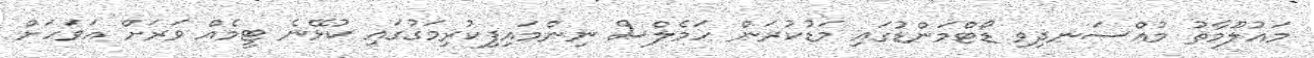
މައުލޫމާތު މުއްސަނދިވި ޑޯޓްމަންޑުގައި މަޑުކުރަން ހަމެލްސް ނިންމައިފިކުރިމަގުގައި ކުޅޭނެ ޓީމެއް ވަރަށް އަވަަހަށް